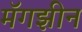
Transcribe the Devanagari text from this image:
मॅगझीन